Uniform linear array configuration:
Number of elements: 4
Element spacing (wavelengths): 0.75
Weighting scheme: hamming
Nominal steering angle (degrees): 45
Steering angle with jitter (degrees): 45.732
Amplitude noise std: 0.05
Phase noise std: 0.05

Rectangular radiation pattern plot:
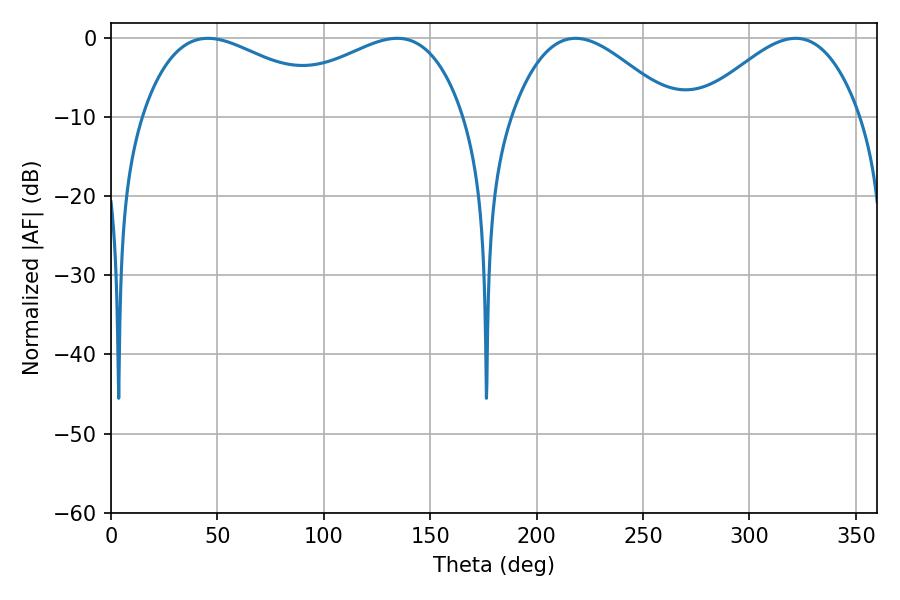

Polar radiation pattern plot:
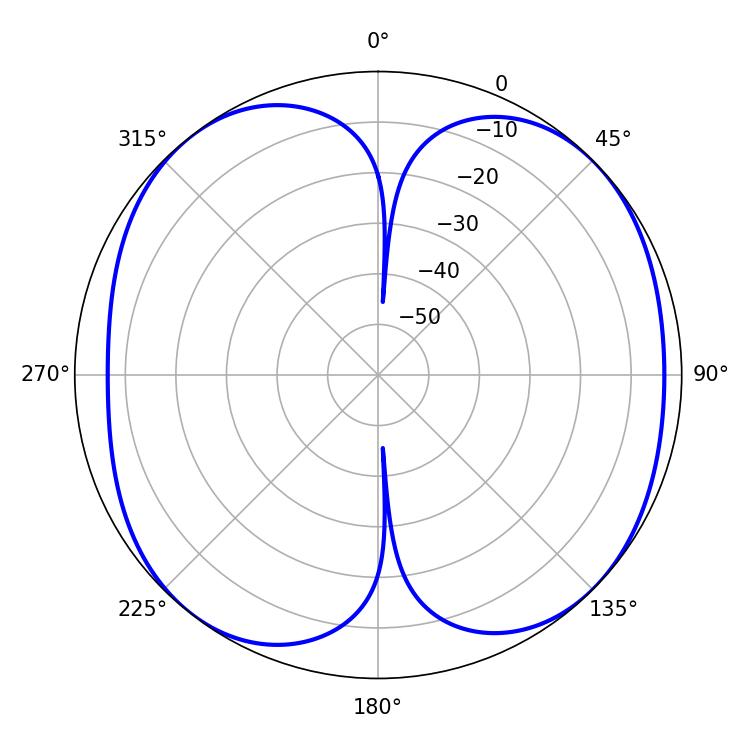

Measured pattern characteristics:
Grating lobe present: TRUE
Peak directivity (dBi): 9.167
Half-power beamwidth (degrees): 52.2
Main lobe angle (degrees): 45.54